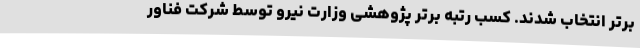
برتر انتخاب شدند. کسب رتبه برتر پژوهشی وزارت نیرو توسط شرکت فناور